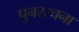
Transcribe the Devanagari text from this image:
पुनररचना